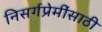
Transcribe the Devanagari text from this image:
निसर्गप्रेमींसाठी